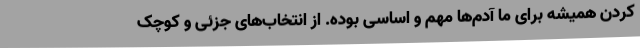
کردن همیشه برای ما آدم‌ها مهم و اساسی بوده. از انتخاب‌های جزئی و کوچک